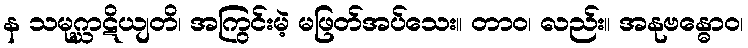
န သမုဂ္ဃာဋိယျတိ၊ အကြွင်းမဲ့ မဖြတ်အပ်သေး။ တာဝ၊ လည်း။ အနုဗန္ဓောဝ၊